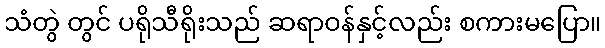
သံတွဲ တွင် ပရိုသီရိုးသည် ဆရာဝန်နှင့်လည်း စကားမပြော။